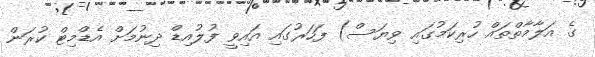
ގެ އަލާމާތްތައް ހުރިކަމުގައި ވިޔަސް) ފަހަރުގައި އައިވީ ފުލުުއިޑް ދިނުމަށް އެޑްމިޓް ކުރަން